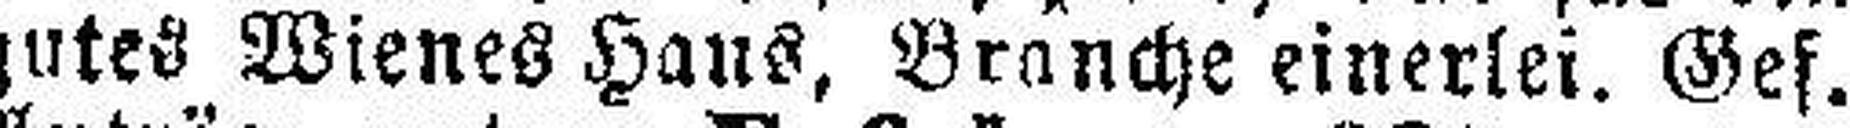
gutes Wienes Haus, Branche einerlei. Gef.